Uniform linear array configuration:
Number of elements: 24
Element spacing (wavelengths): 0.75
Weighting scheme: exponential
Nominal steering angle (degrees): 30
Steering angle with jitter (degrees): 28.021
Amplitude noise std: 0.05
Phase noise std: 0.05

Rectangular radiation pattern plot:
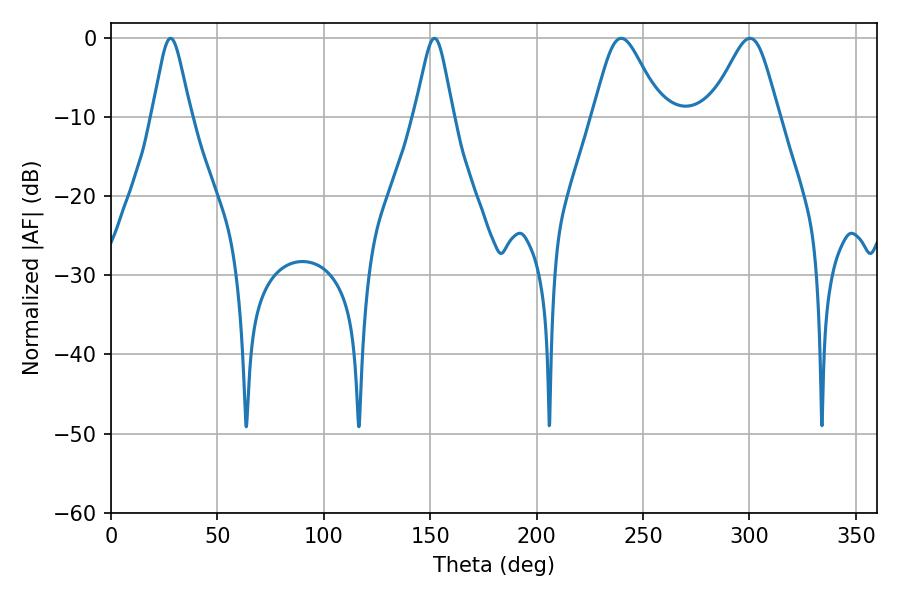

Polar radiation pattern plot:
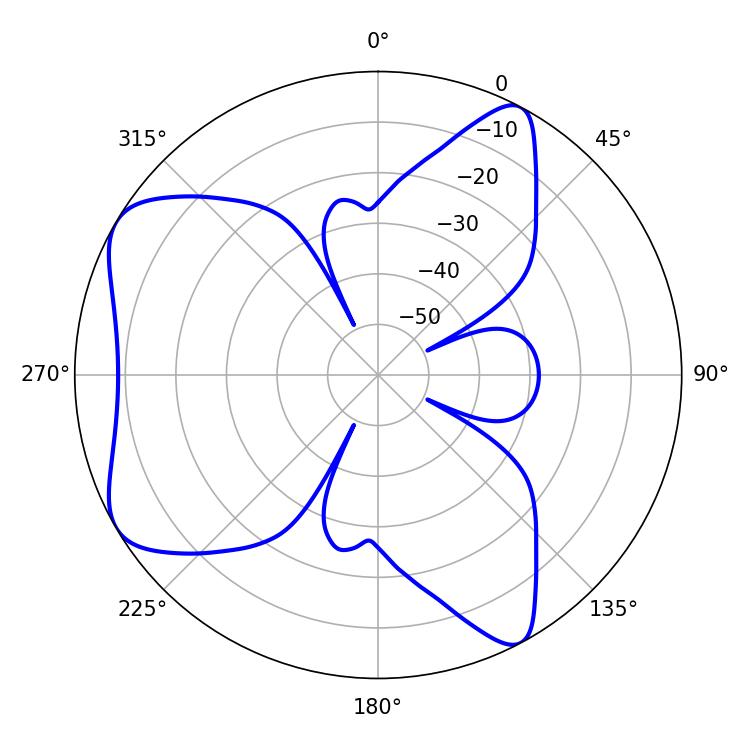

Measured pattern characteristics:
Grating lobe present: TRUE
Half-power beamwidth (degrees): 15.84
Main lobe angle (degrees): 300.24